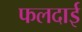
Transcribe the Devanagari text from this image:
फलदाई